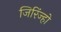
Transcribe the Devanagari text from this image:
जिरिंज्हो